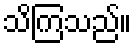
သိကြသည်။